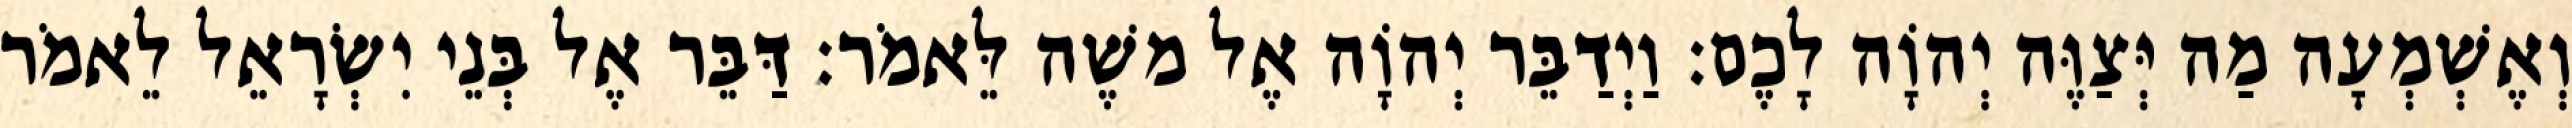
וְאֶשְׁמְעָה מַה יְּצַוֶּה יְהוָֹה לָכֶם׃ וַיְדַבֵּר יְהוָֹה אֶל משֶׁה לֵּאמֹר׃ דַּבֵּר אֶל בְּנֵי יִשְׂרָאֵל לֵאמֹר